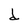
Character: d